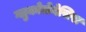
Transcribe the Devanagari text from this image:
ग्लुकोजेनेसिस